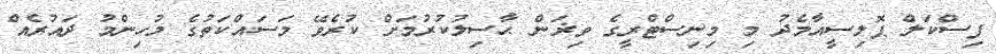
ފިސްކަލް ޕޮލިސީއާމެދު މި މިނިސްޓްރީގެ ވިޜަން ޙާސިލުކުރުމަށް ކުރެވޭ މަސައްކަތުގެ މުހިންމު ދައުރެއް